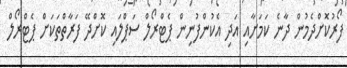
ފޯރުކޮށްދެމުން ދާނެ ކަމަށާއި އަދި އެކުންފުނިން ޕެޓްރޯލް ސަޕްލައި ކޮށްދޭ ފަރާތްތަކަށް ޕެޓްރޯލް